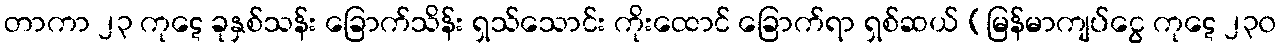
တာကာ ၂၃ ကုဋေ ခုနှစ်သန်း ခြောက်သိန်း ရှသ်သောင်း ကိုးထောင် ခြောက်ရာ ရှစ်ဆယ် (မြန်မာကျပ်ငွေ ကုဋေ ၂၃၀